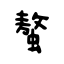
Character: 螯